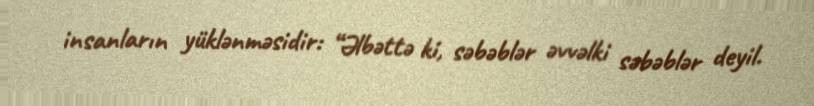
insanların yüklənməsidir: “Əlbəttə ki, səbəblər əvvəlki səbəblər deyil.